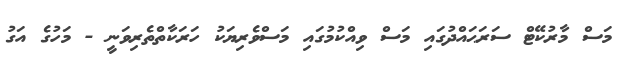
މަސް މާރުކޭޓް ސަރަޙައްދުގައި މަސް ވިއްކުމުގައި މަސްވެރިޔަކު ހަރަކާތްތެރިވަނީ - މަހުގެ އަގު